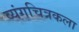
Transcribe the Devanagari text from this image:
व्यंगचित्रकला